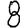
Digit: 8